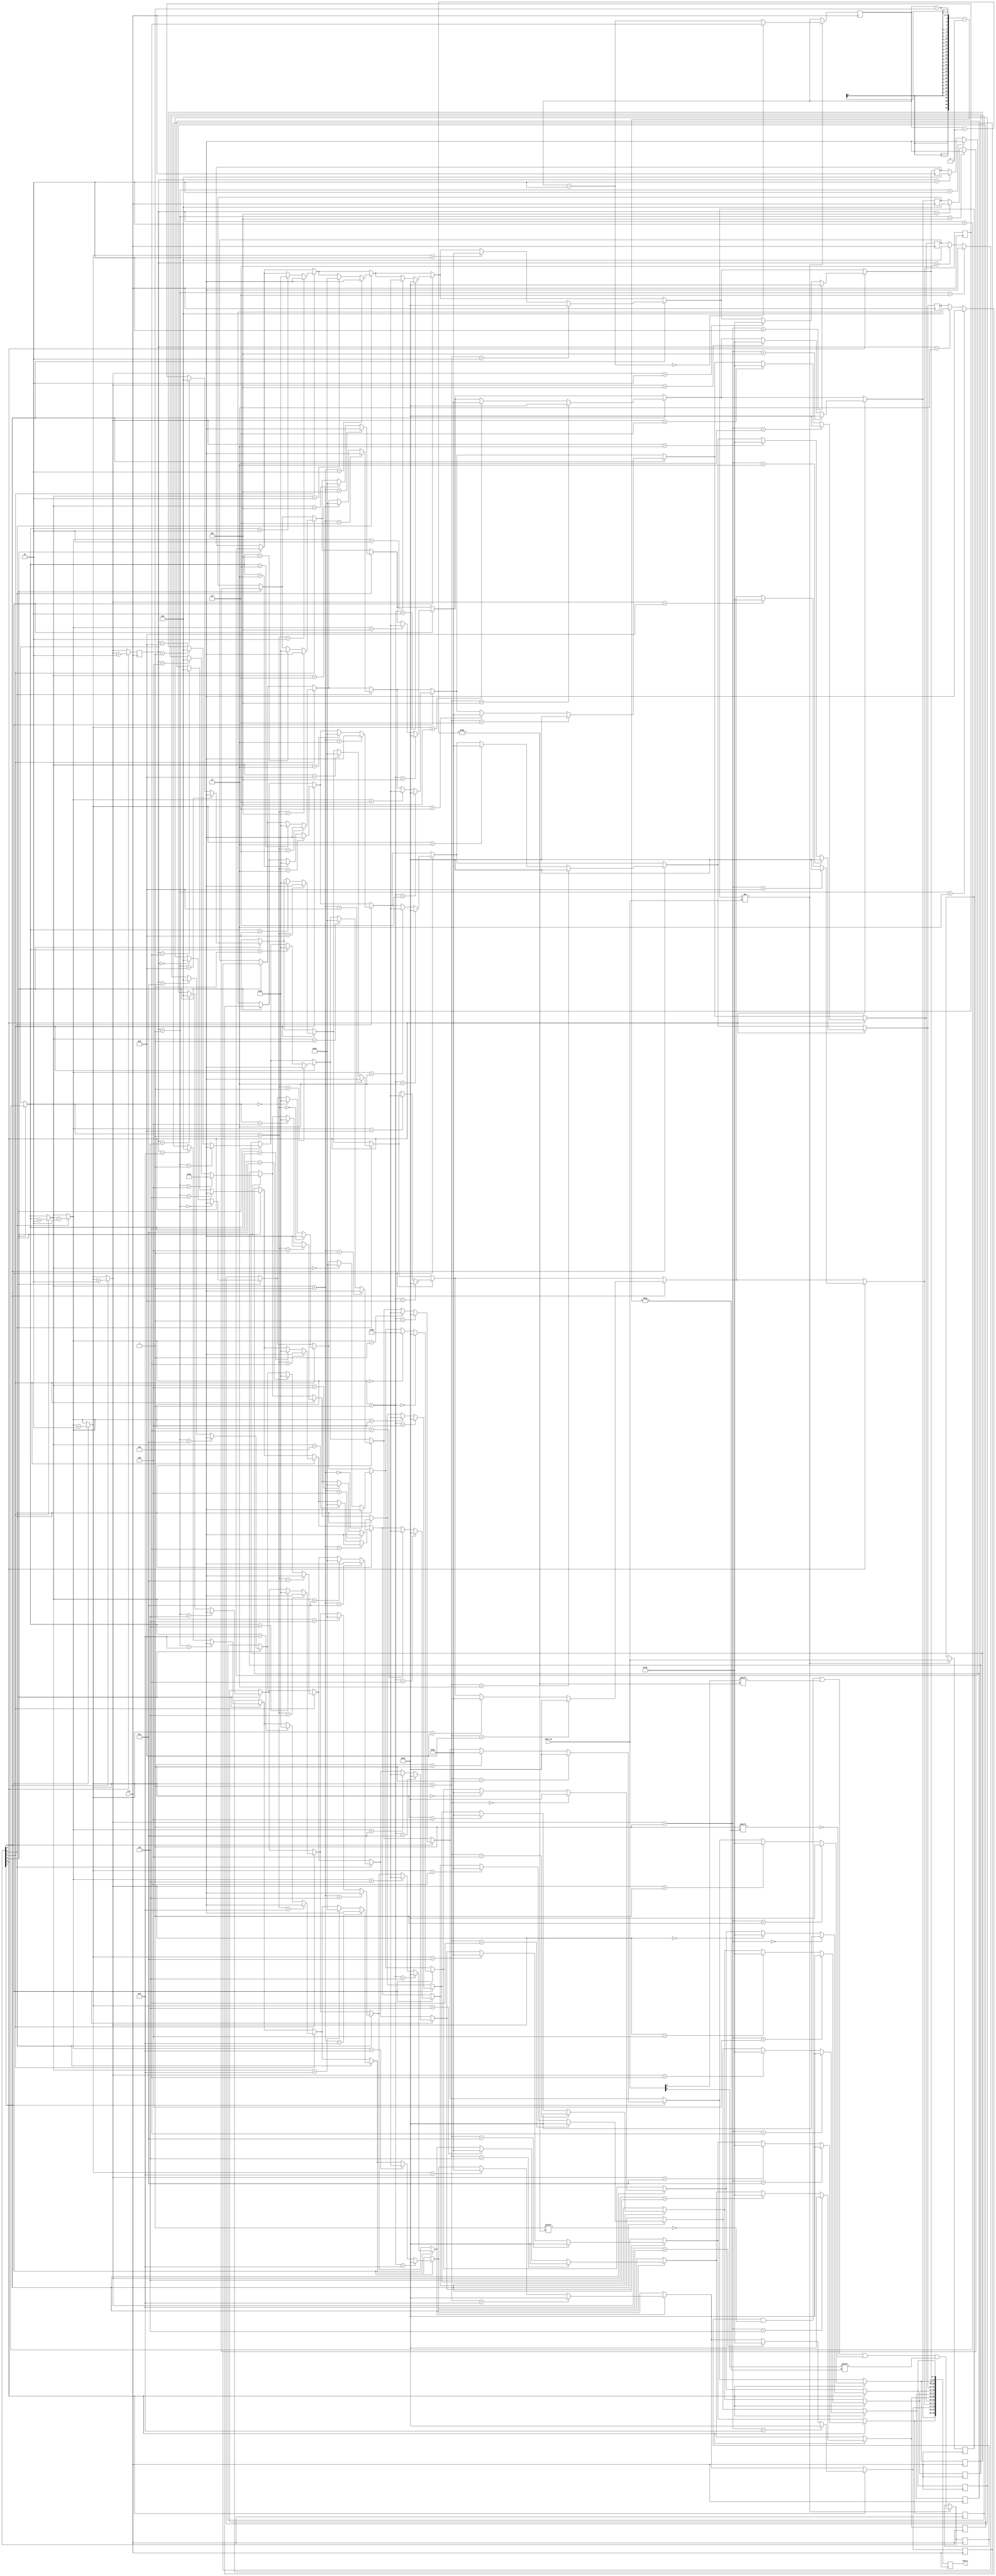
`timescale 1ns / 1ps
module data_map(
input clk,
input[7:0]data_in,
output reg [95:0]destn
);
reg [7:0]dincopy=8'hff;
reg [2:0]i=5;
reg [5:0]array_out ;
reg [3:0]j=0;
reg [7:0] dest_array [0:11];

initial
    begin
        dest_array[0]=8'b0;
        dest_array[1]=8'b0;
        dest_array[2]=8'b0;
        dest_array[3]=8'b0;
        dest_array[4]=8'b0;
        dest_array[5]=8'b0;
        dest_array[6]=8'b0;
        dest_array[7]=8'b0;
        dest_array[8]=8'b0;
        dest_array[9]=8'b0;
        dest_array[10]=8'b0;
        dest_array[11]=8'b0;
    end
always @ (posedge clk)
begin
if(dincopy!=data_in)
begin
dincopy=data_in;
array_out[i]=data_in[4];
array_out[i-1]=data_in[0];
i=i-2;
i=(i==0)? 5:i;
end
if(array_out[5]==1)
begin
dest_array[j]=8'h06;
dest_array[j+1]=8'h30;
  j=j+2;
end
if(array_out[4]==1)
begin
dest_array[j]=8'h22;
dest_array[j+1]=8'h30;
  j=j+2;
end
if(array_out[3]==1)
begin
dest_array[j]=8'h52;
dest_array[j+1]=8'h30;
  j=j+2;
end
if(array_out[2]==1)
begin
dest_array[j]=8'h56;
dest_array[j+1]=8'h90;
  j=j+2;
end
if(array_out[1]==1)
begin
dest_array[j]=8'h82;
dest_array[j+1]=8'h90;
  j=j+2;
end
if(array_out[0]==1)
begin
dest_array[j]=8'ha6;
dest_array[j+1]=8'h90;
  j=j+2;
end
  destn[7:0] = dest_array[0] ;
  destn[15:8] = dest_array[1] ;
  destn[23:16] = dest_array[2] ;
  destn[31:24] = dest_array[3] ;
  destn[39:32] = dest_array[4] ;
  destn[47:40] = dest_array[5] ;
  destn[55:48] = dest_array[6] ;
  destn[63:56] = dest_array[7] ;
  destn[71:64] = dest_array[8] ;
  destn[79:72] = dest_array[9] ;
  destn[87:80] = dest_array[10] ;
  destn[95:88] = dest_array[11] ;
  

end
endmodule